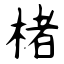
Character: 楮